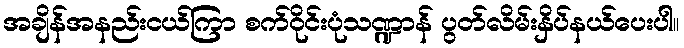
အချိန်အနည်းငယ်ကြာ စက်ဝိုင်းပုံသဏ္ဍာန် ပွတ်လိမ်းနှိပ်နယ်ပေးပါ။